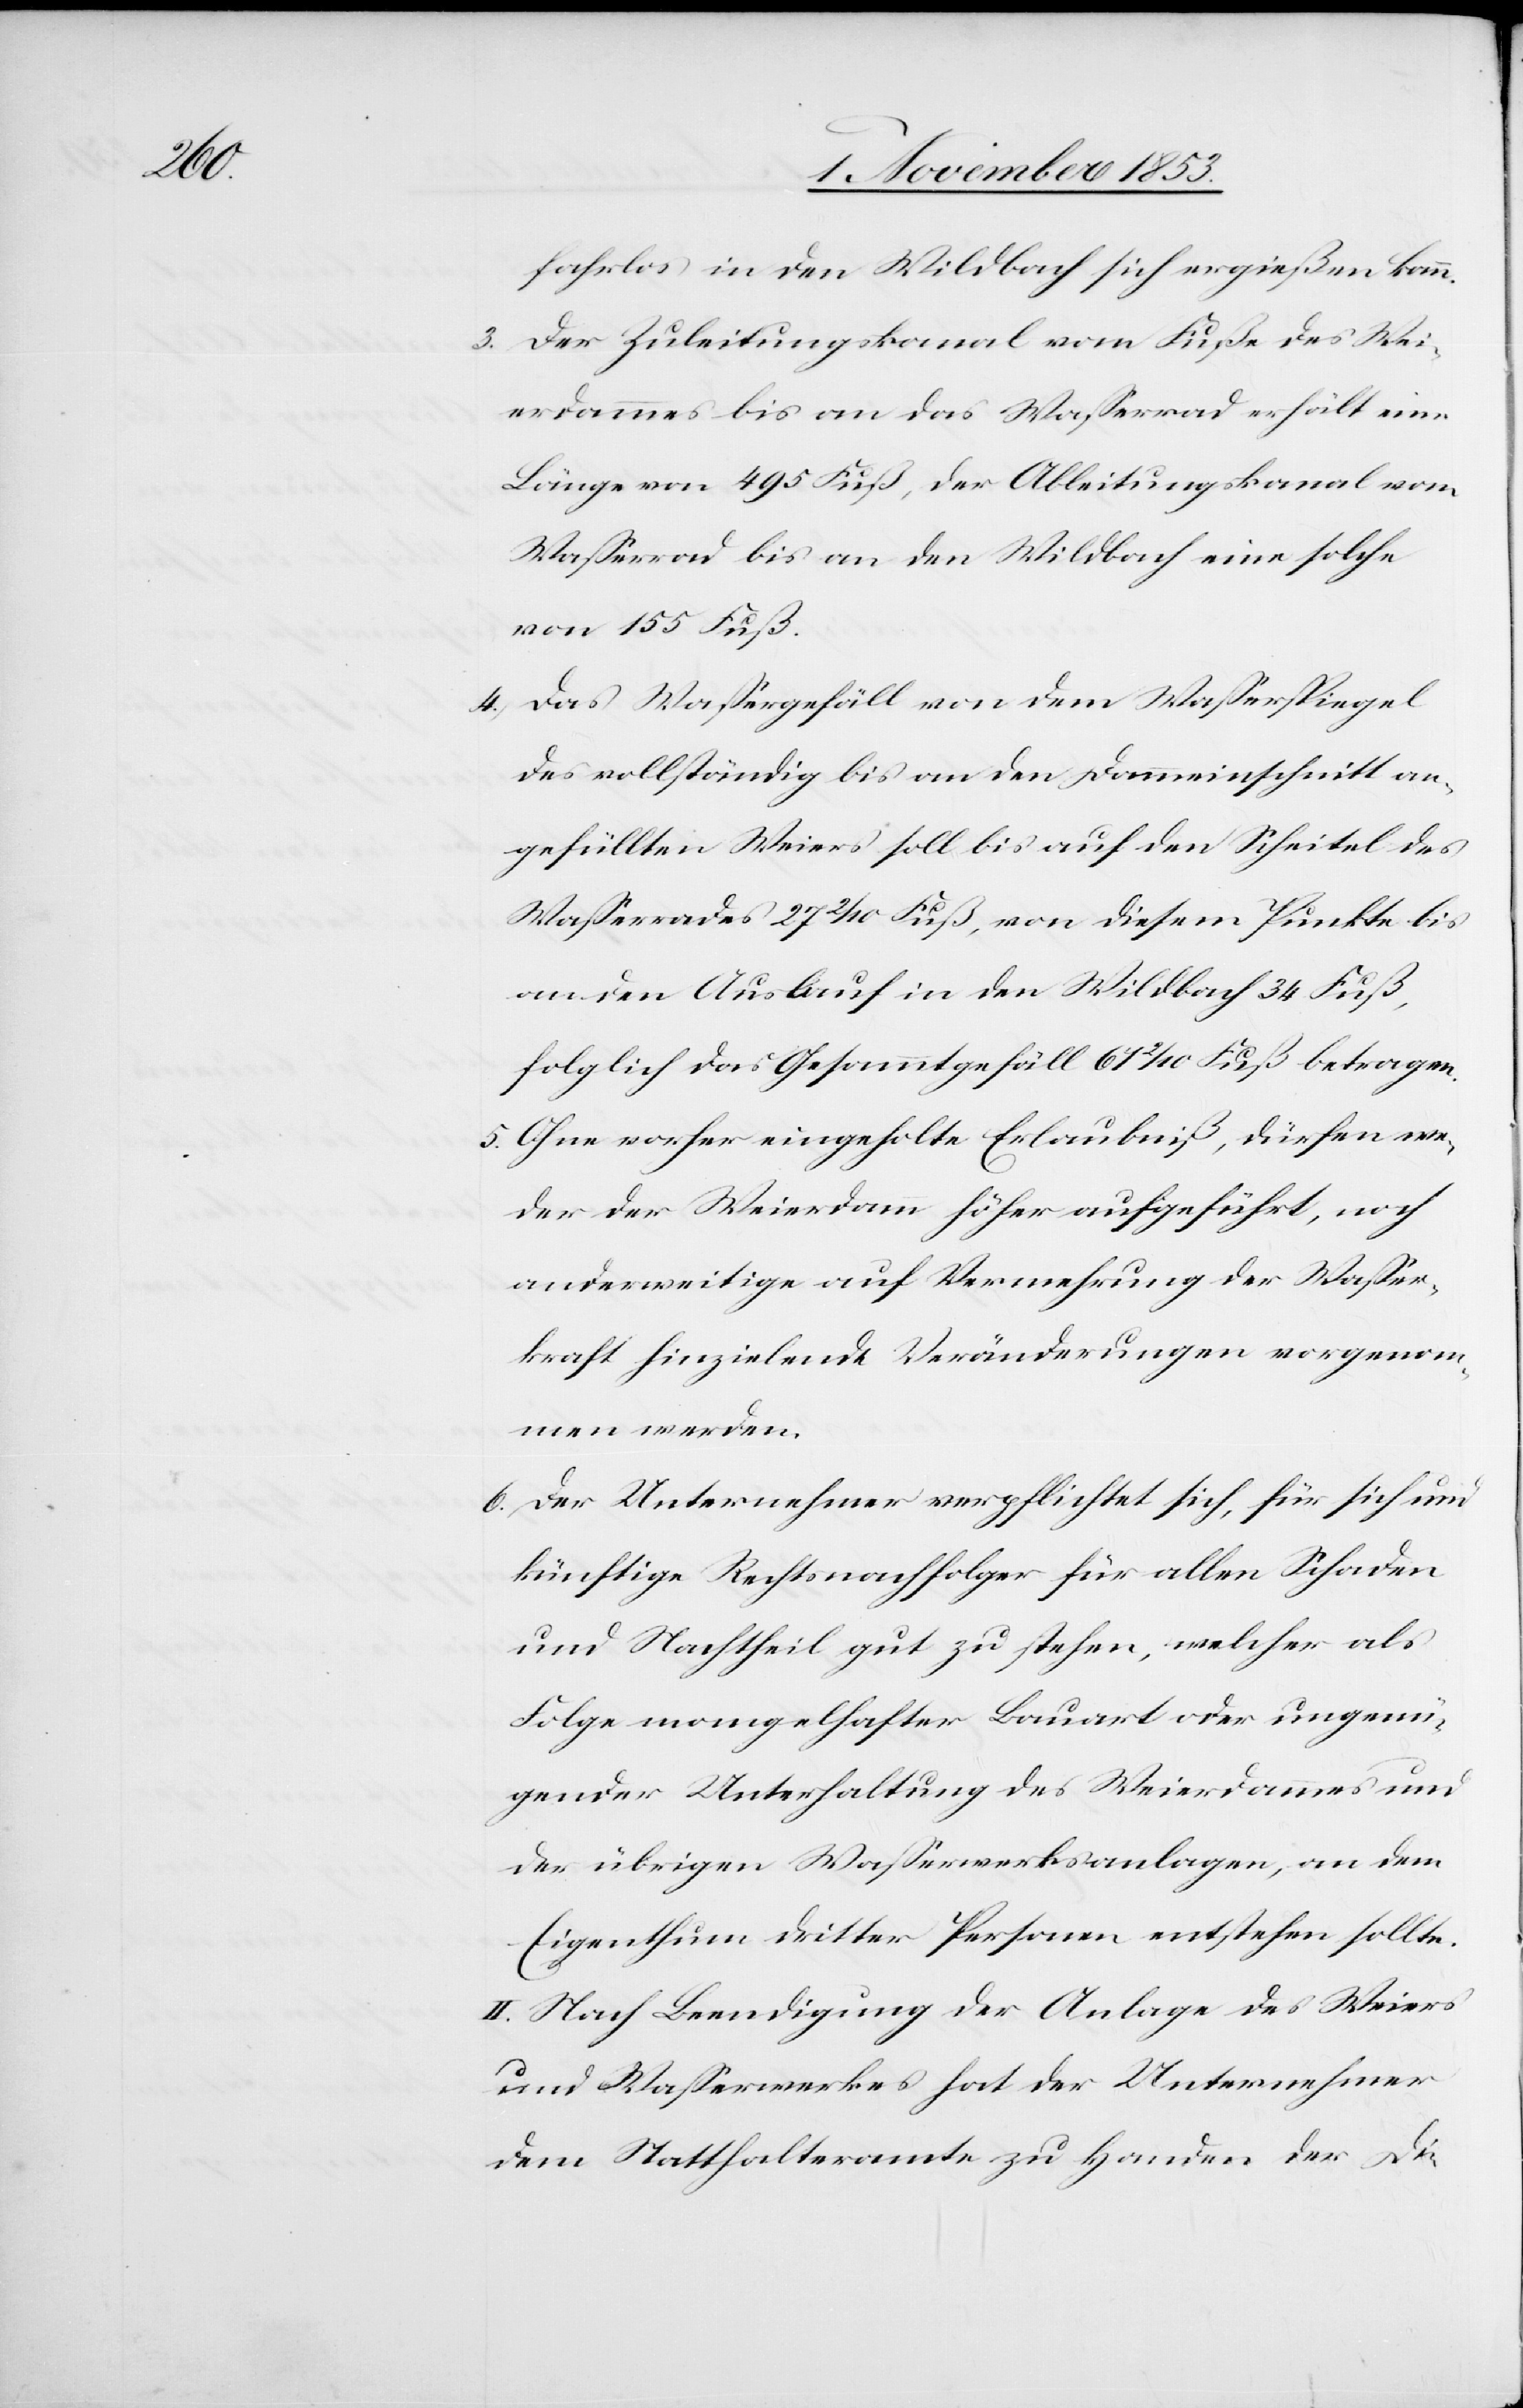
fahrlos in den Wildbach sich ergießen kann.
3. Der Zuleitungskanal vom Fuße des Wei¬
erdammes bis an das Waßerrad erhält eine
Länge von 495 Fuß, der Ableitungskanal vom
Waßerrad bis an den Wildbach eine solche
von 155 Fuß.
4. Das Waßergefäll von dem Waßerspiegel
des vollständig bis an den Dammeinschnitt an¬
gefüllten Weiers soll bis auf den Scheitel des
Waßerrades 27 2/10 Fuß, von diesem Punkte bis
an den Auslauf in den Wildbach 34 Fuß,
folglich das Gesammtgefäll 67 2/10 Fuß betragen.
5. Ohne vorher eingeholte Erlaubniß, dürfe we¬
der der Weierdamm höher aufgeführt, noch
anderweitige auf Vermehrung der Waßer¬
kraft hinzielende Veränderungen vorgenom¬
men werden.
6. Der Unternehmer verpflichtet sich, für sich und
künftige Rechtsnachfolger für allen Schaden
und Nachtheil gut zu stehen, welcher als
Folge mangelhafter Bauart oder ungenü¬
gender Unterhaltung des Weierdammes und
der übrigen Waßerwerksanlagen, an dem
Eigenthum dritter Personen entstehen sollte.
II. Nach Beendigung der Anlage des Weiers
und Waßerwerkes hat der Unternehmer
dem Statthalteramt zu Handen der Di-